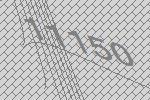
11150